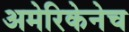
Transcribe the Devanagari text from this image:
अमेरिकेनेच